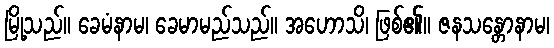
မြို့သည်။ ခေမံနာမ၊ ခေမာမည်သည်။ အဟောသိ၊ ဖြစ်၏။ ဇနသန္တောနာမ၊